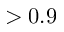
> 0 . 9